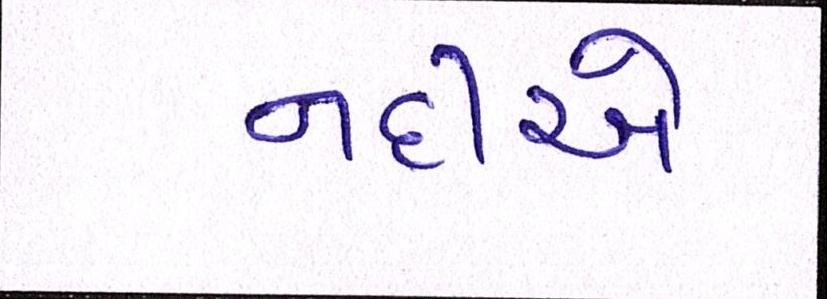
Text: નદીએ